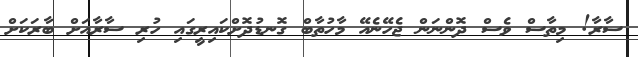
ސާރާ! މިތާސް ވެސް ދޮންނަން ޖެހޭނެއޭ މާހުތާބް ގޮނޑުދޮށްކައިރީގައި ހުރި ސާރާއަށް ބާރަކަށް